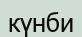
күнби